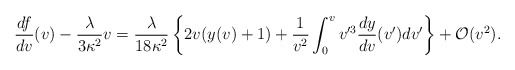
\begin{align*} \frac{df}{dv}(v)-\frac{\lambda}{3\kappa^2}v=\frac{\lambda}{18\kappa^2}\left\{2v(y(v)+1)+\frac{1}{v^2}\int_0^vv'^3\frac{dy}{dv}(v')dv'\right\}+\mathcal{O}(v^2).\end{align*}